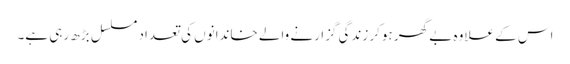
اس کے علاوہ بے گھر ہوکر زندگی گزارنے والے خاندانوں کی تعداد مسلسل بڑھ رہی ہے۔